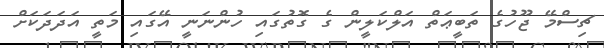
ޗިސްމޭ ޖޫހުގެ ތަބީޢަތް އަލްކަލީން ގެ ގޮތުގައި ހުންނަނީ އޭގައި މަތީ އަދަދަކަށް